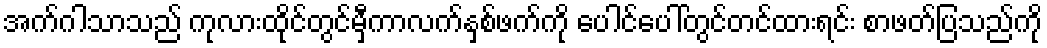
အက်ဂါသာသည် ကုလားထိုင်တွင်မှီကာလက်နှစ်ဖက်ကို ပေါင်ပေါ်တွင်တင်ထားရင်း စာဖတ်ပြသည်ကို